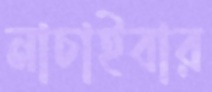
নাচাইবার